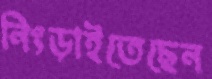
নিংড়াইতেছেন